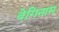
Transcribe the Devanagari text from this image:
वेगिनाम